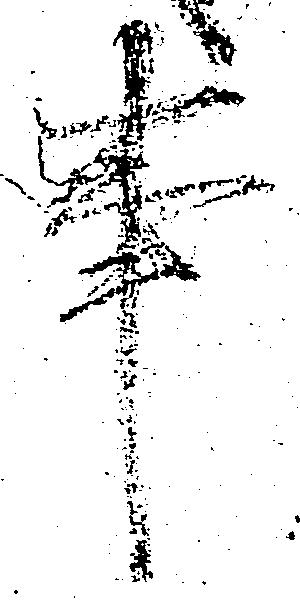
事